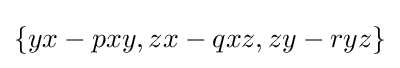
\{yx-pxy,zx-qxz,zy-ryz\}